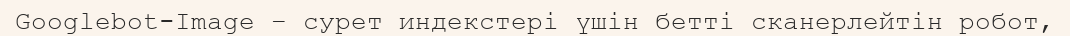
Googlebot-Image – сурет индекстері үшін бетті сканерлейтін робот,